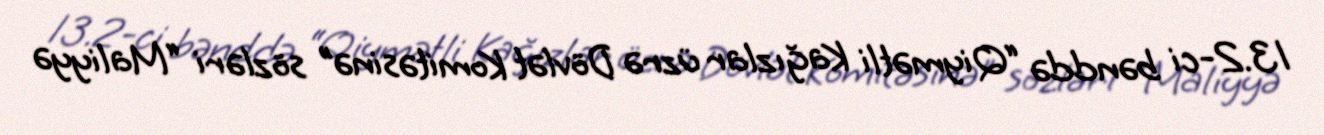
13.2-ci bənddə “Qiymətli Kağızlar üzrə Dövlət Komitəsinə” sözləri “Maliyyə